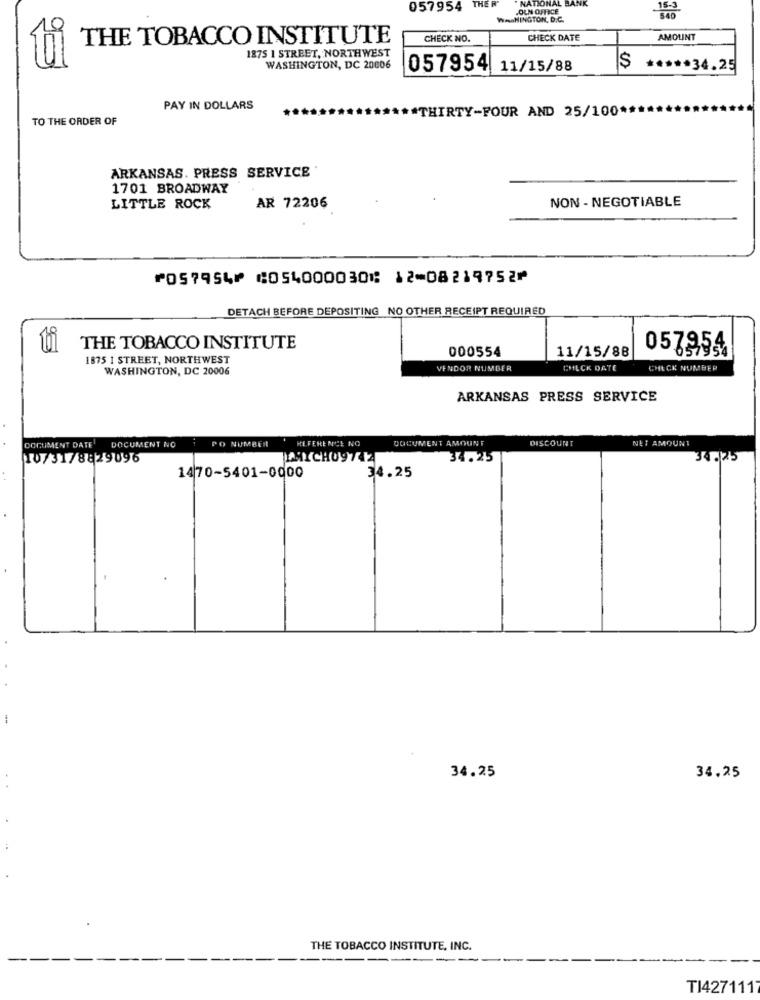
" NATIONAL BANK
057954 THER'
.OLN OFFICE
WASHINGTON, D.C.
THE TOBACCO INSTITUTE
CHECK NO.
CHECK DATE
AMOUNT
1875 1 STREET, NORTHWEST
WASHINGTON, DC 20006
057954 11/15/88
***** 34.25
PAY IN DOLLARS
"THIRTY-FOUR AND 25/100*
TO THE ORDER OF
ARKANSAS. PRESS SERVICE
1701 BROADWAY
NON- NEGOTIABLE
LITTLE ROCK
AR 72206
⑈057954⑈ ⑆054000030⑆ 12⑉08219752⑈
DETACH BEFORE DEPOSITING NO OTHER RECEIPT REQUIRED
ti
THE TOBACCO INSTITUTE
057954
1875 1 STREET, NORTHWEST
000554
11/15/88
WASHINGTON, DC 20006
VENDOR NUMBER
CHECK DATE
CHECK NUMBER
ARKANSAS PRESS SERVICE
PO NUMBER
REFERENCE NO
DOCUMENT AMOUNT
DISCOUNT
NET AMOUNT
DOCUMENT DATE
DOCUMENT NO
10/31/8829096
34.25
34 .75
1470-5401-0000
34.25
34.25
34,25
THE TOBACCO INSTITUTE, INC.
TI4271117